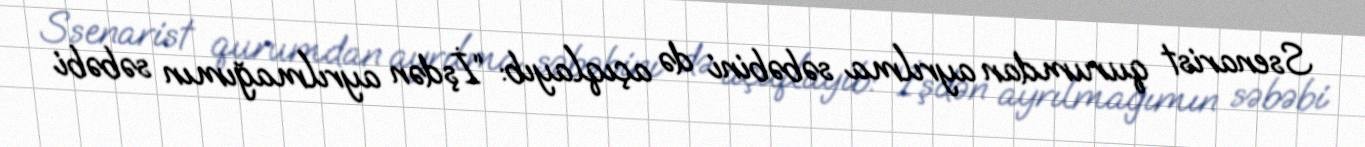
Ssenarist qurumdan ayrılma səbəbini də açıqlayıb: “İşdən ayrılmağımın səbəbi